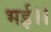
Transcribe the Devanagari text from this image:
भई।।